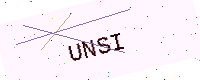
Text: UNSI